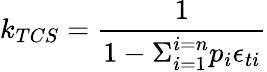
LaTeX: k_{TCS}=\frac{1}{1-\Sigma_{i=1}^{i=n}p_{i}\epsilon_{ti}}